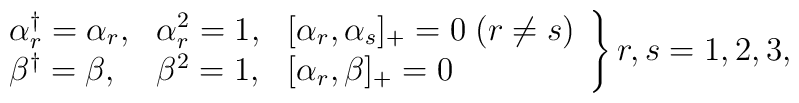
\left.	\begin{array}{lll}	\alpha^\dag_{r}=\alpha_{r}, &\alpha^2_{r}=1, 	& [\alpha_{r},\alpha_{s}]_+=0 \; (r \neq s) \\	\beta^\dag=\beta, &\beta^2=1, &	[\alpha_{r},\beta]_+=0	\end{array} \right\}	r,s=1,2,3,